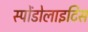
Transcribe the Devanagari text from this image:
स्पोंडोलाइटिस